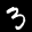
Label: 3